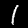
Label: 1